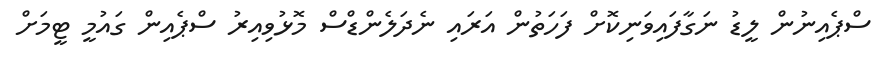
ސްޕެއިނުން ލީޑު ނަގާފައިވަނިކޮށް ފަހަތުން އަރައި ނެދަލެންޑްސް މޮޅުވިއިރު ސްޕެއިން ގައުމީ ޓީމަށް